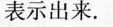
表示出来。